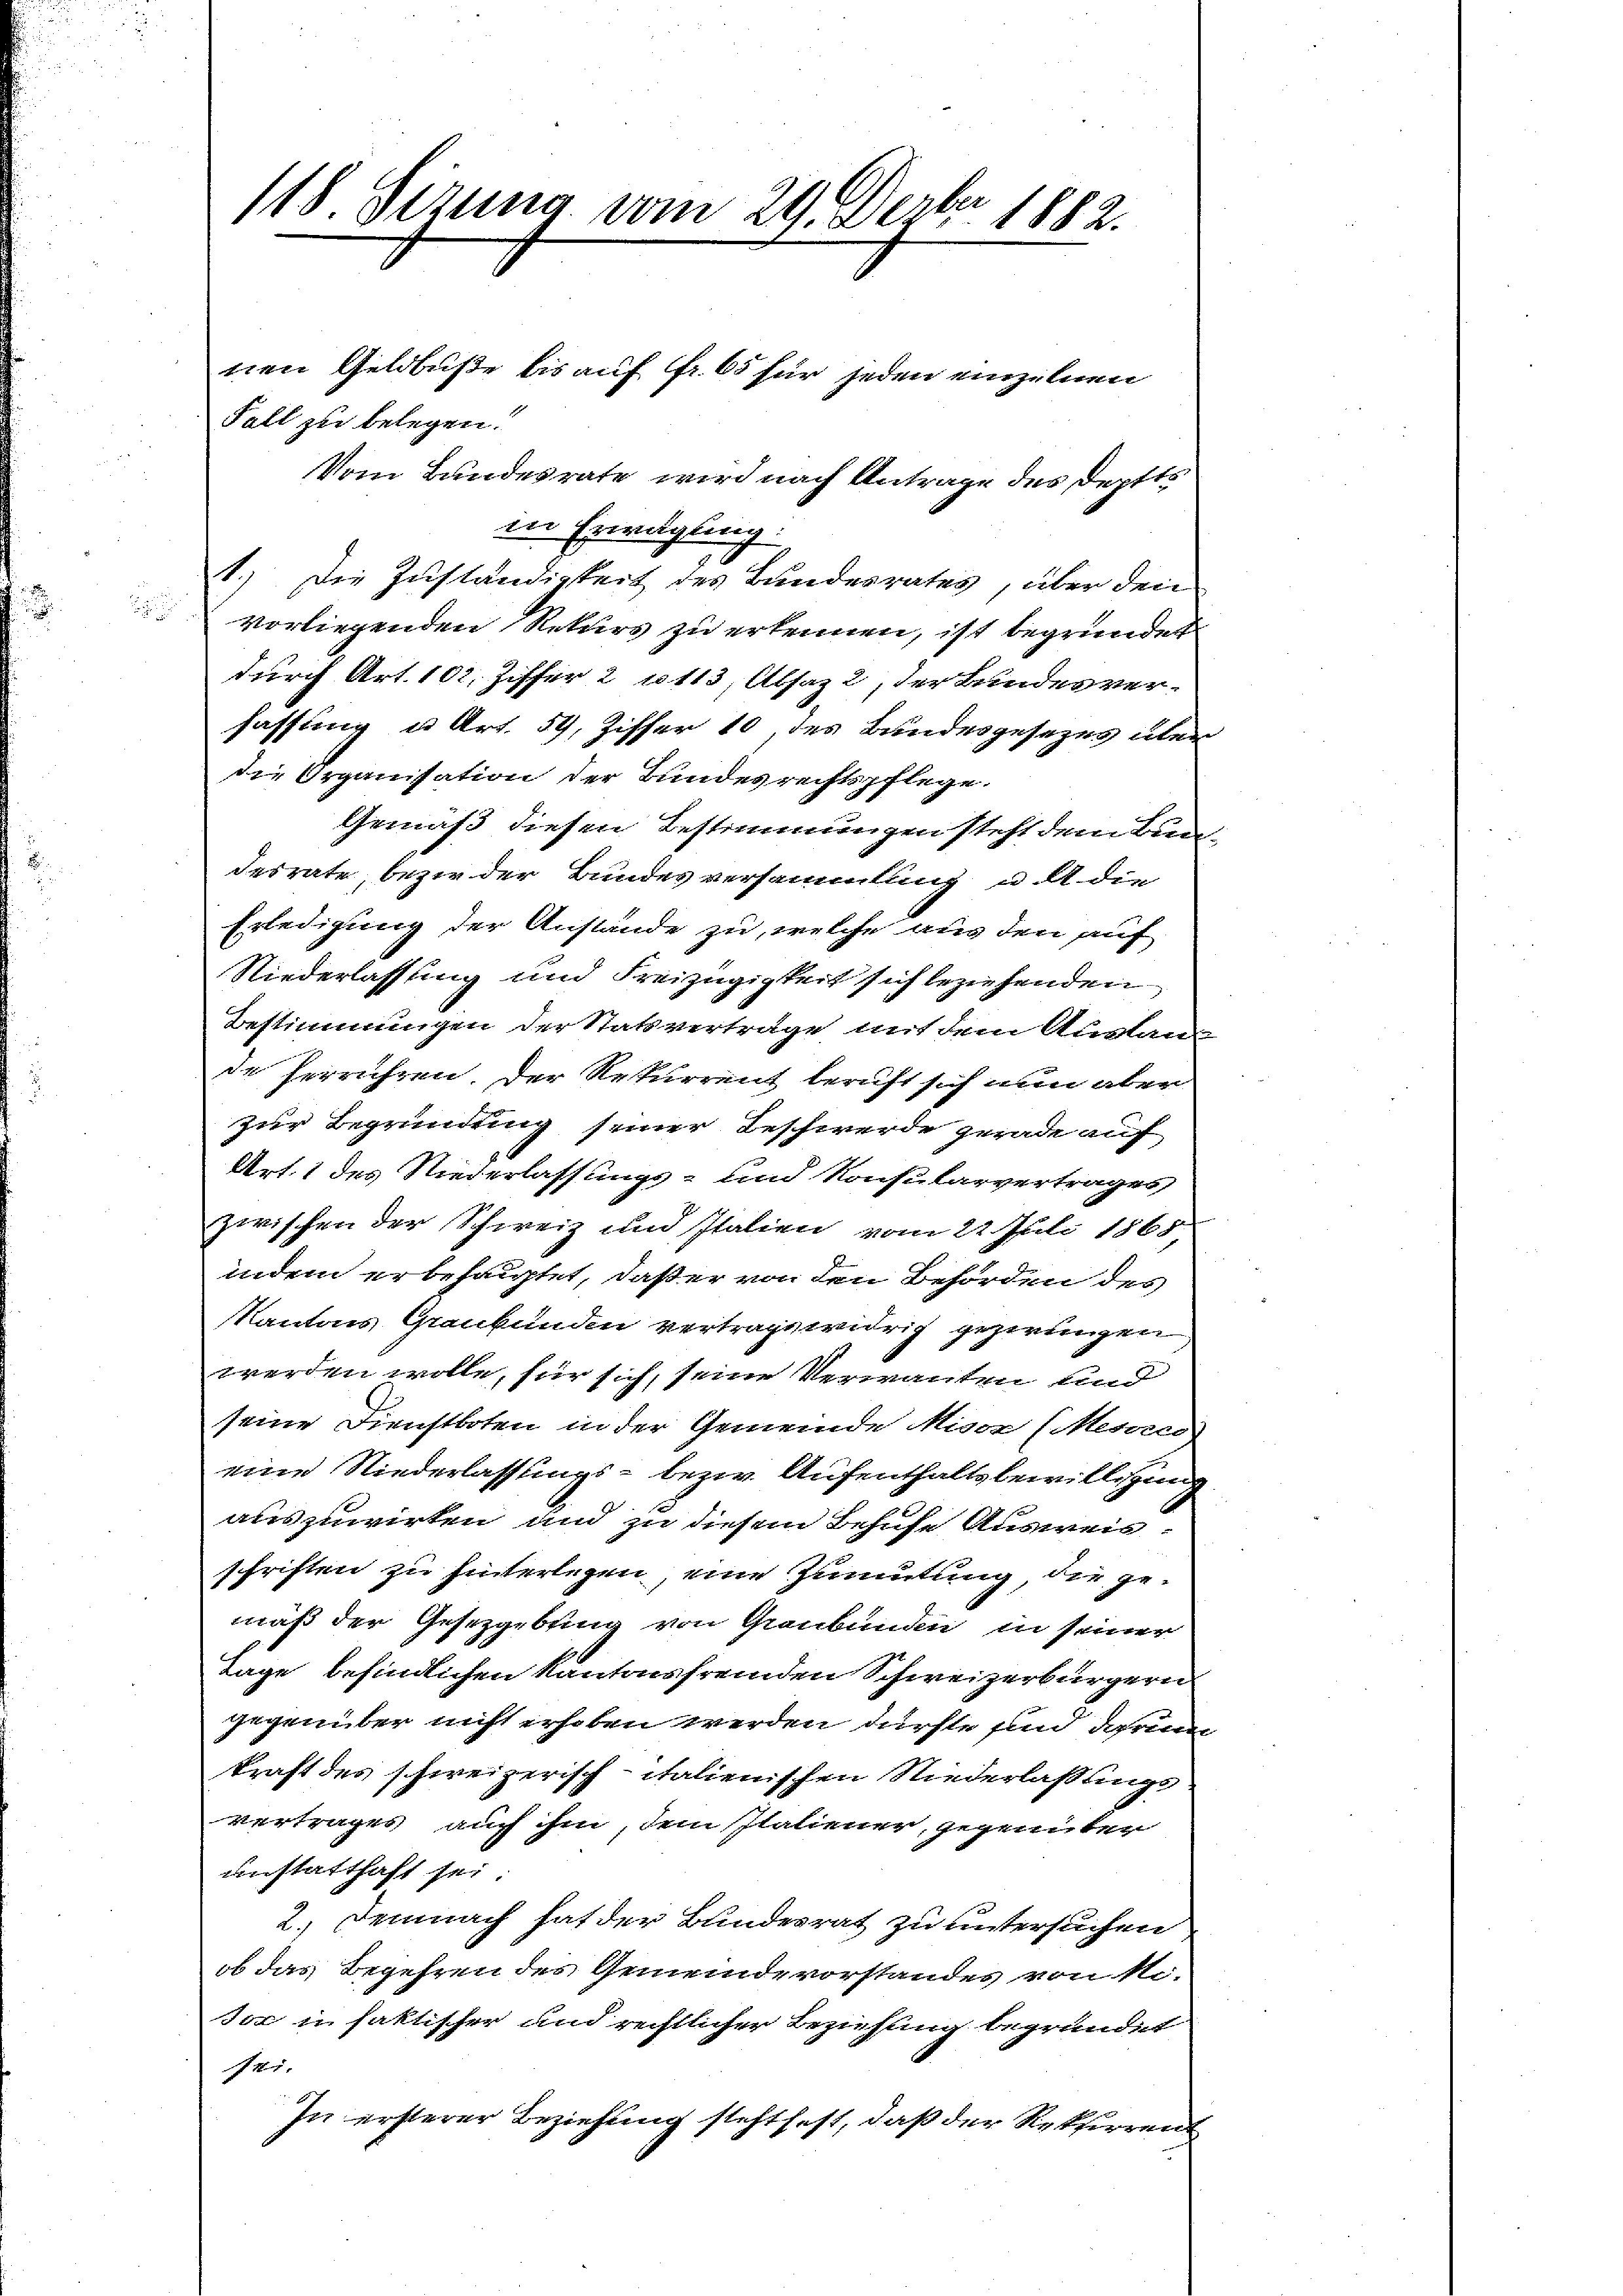
2
118. Firung vom 29. Der 1882.

Fall zu belegen:

Vom Bundesrate wird nach Antrage des Deptts
in Erwägung
1.) Die Zuständigkeit des Bundesrates, über den

vorliegenden Rekurs zu erkennen, ist begründet
durch Art. 102. Ziffer 2 1113, Absaz 2, der Bundesverfassung u. Art. 59, Ziffer 10 des Bundesgesezes über
die Organisation der Bundesrechtspflege.
Gemäß diesen Bestimmungen steht dem Bun
desrate, bezir der Bundesversammlung u. A die
Erledigung der Anstände zu, welche aus den auf
Niederlassung und Freizügigkeit sich beziehenden
Bestimmungen der Statsverträge, mit dem Auslan
de herrühren. Der Rekurrent beruft sich nun aber
zur Begründung seiner Beschwerde gerade auf
Art. 1 des Niederlassungs- und Konsularvertrages,
zwischen der Schweiz und Italien vom 22. Juli 1865.
indem erbehauptet, daß er von den Behörden des
Kantons Graubünden vertragswidrig gezerungen
werden wolle, für sich, seine Verwanten und
seine Dienstboten in der Gemeinde Miser (Mesond
eine Niederlassungs- bezw. Aufenthaltsbewilligung
1
auszuwirken und zu diesem Behufe Ausweis:
schriften zu hinterlegen, eine Zumutung, die ge-
mäß der Gesezgebung von Graubünden in seiner
Tage befindlichen Kantonsfremden Schweizerbürgern
gegenüber nicht erhoben werden dürfte sind darin
kraft des schweizerisch-italienischen Niederlaßungs-
vertrages auch ihm, dem Italiener, gegenüber
unstatthaft sei
2.) Demnach hat der Bundesrat zu untersuchen
ob das Begehren des Gemeindevorstandes von ki-
don in faktischer und rechtlicher Beziehung begründet
sei
In ersterer Beziehung steht hast, daß der Rekurren

nen Geldbuße bis auf Fr. 65 für jeden einzelnen

e